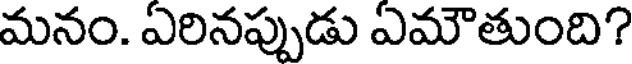
మనం. ఏరినప్పుడు ఏమౌతుంది?